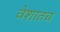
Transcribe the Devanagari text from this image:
वेशातच